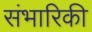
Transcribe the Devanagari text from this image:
संभारिकी